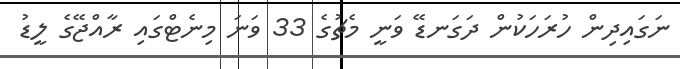
ނަގައިދިން ހުރަހަކުން ދަގަނޑޭ ވަނީ މެޗުގެ 33 ވަނަ މިނެޓްގައި ރާއްޖޭގެ ލީޑު